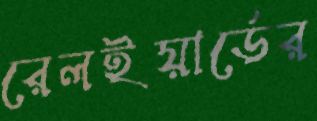
রেলইয়ার্ডের